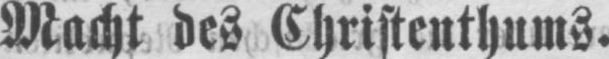
Macht des Christenthums.